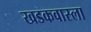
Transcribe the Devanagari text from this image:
खडकवास्ला